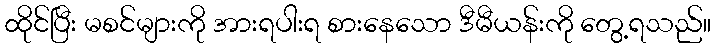
ထိုင်ပြီး မစင်များကို အားရပါးရ စားနေသော ဒီမီယန်းကို တွေ့ရသည်။